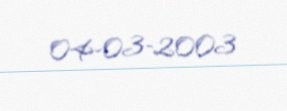
04-03-2003